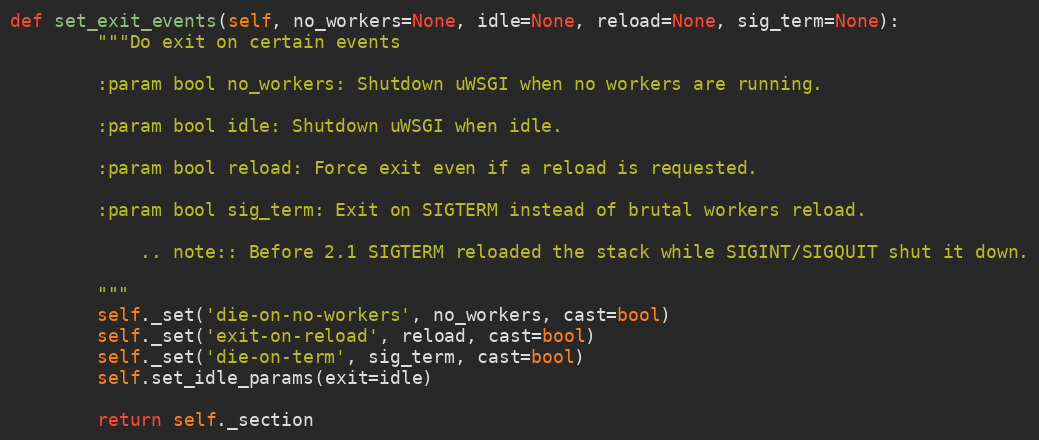
Language: Python
def set_exit_events(self, no_workers=None, idle=None, reload=None, sig_term=None):
        """Do exit on certain events

        :param bool no_workers: Shutdown uWSGI when no workers are running.

        :param bool idle: Shutdown uWSGI when idle.

        :param bool reload: Force exit even if a reload is requested.

        :param bool sig_term: Exit on SIGTERM instead of brutal workers reload.

            .. note:: Before 2.1 SIGTERM reloaded the stack while SIGINT/SIGQUIT shut it down.

        """
        self._set('die-on-no-workers', no_workers, cast=bool)
        self._set('exit-on-reload', reload, cast=bool)
        self._set('die-on-term', sig_term, cast=bool)
        self.set_idle_params(exit=idle)

        return self._section